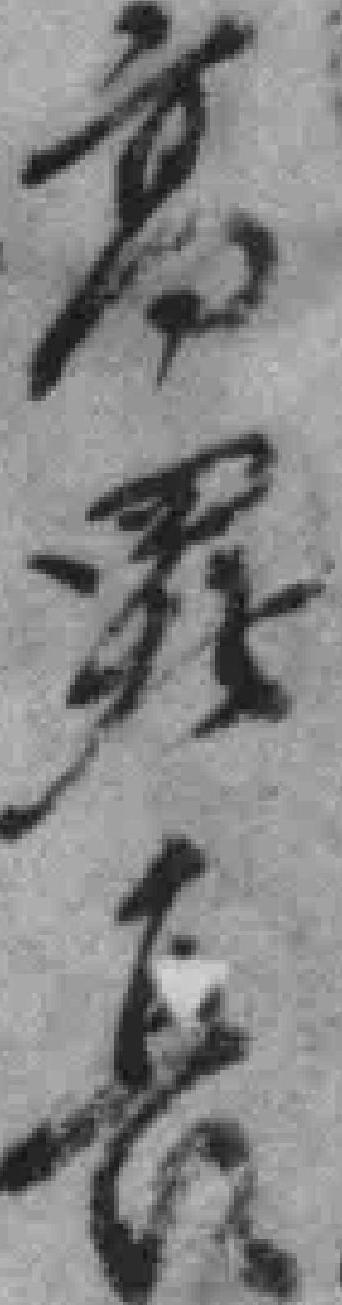
高属长